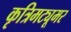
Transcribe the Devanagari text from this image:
कृत्रिमट्यूमर